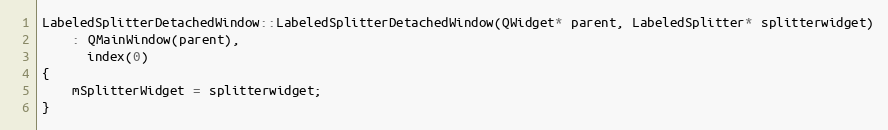
Language: C++
LabeledSplitterDetachedWindow::LabeledSplitterDetachedWindow(QWidget* parent, LabeledSplitter* splitterwidget)
    : QMainWindow(parent),
      index(0)
{
    mSplitterWidget = splitterwidget;
}